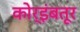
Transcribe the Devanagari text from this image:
कोर्इंबतूर